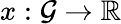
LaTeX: x:\mathcal{G}\rightarrow\mathbb{R}